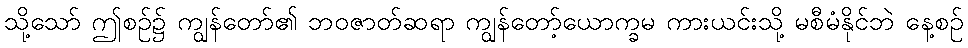
သို့သော် ဤစဉ်၌ ကျွန်တော်၏ ဘဝဇာတ်ဆရာ ကျွန်တော့်ယောက္ခမ ကားယင်းသို့ မစီမံနိုင်ဘဲ နေ့စဉ်